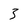
Character: 3